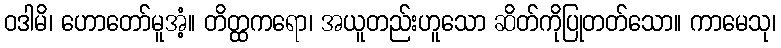
ဝဒါမိ၊ ဟောတော်မူအံ့။ တိတ္ထကရော၊ အယူတည်းဟူသော ဆိတ်ကိုပြုတတ်သော။ ကာမေသု၊